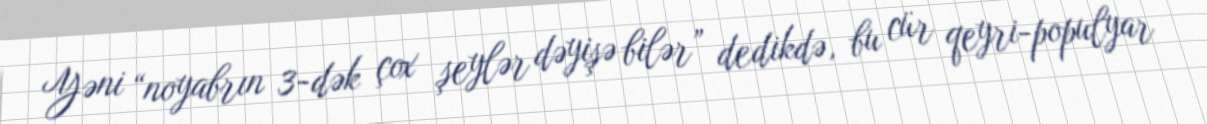
Yəni “noyabrın 3-dək çox şeylər dəyişə bilər” dedikdə, bu cür qeyri-populyar